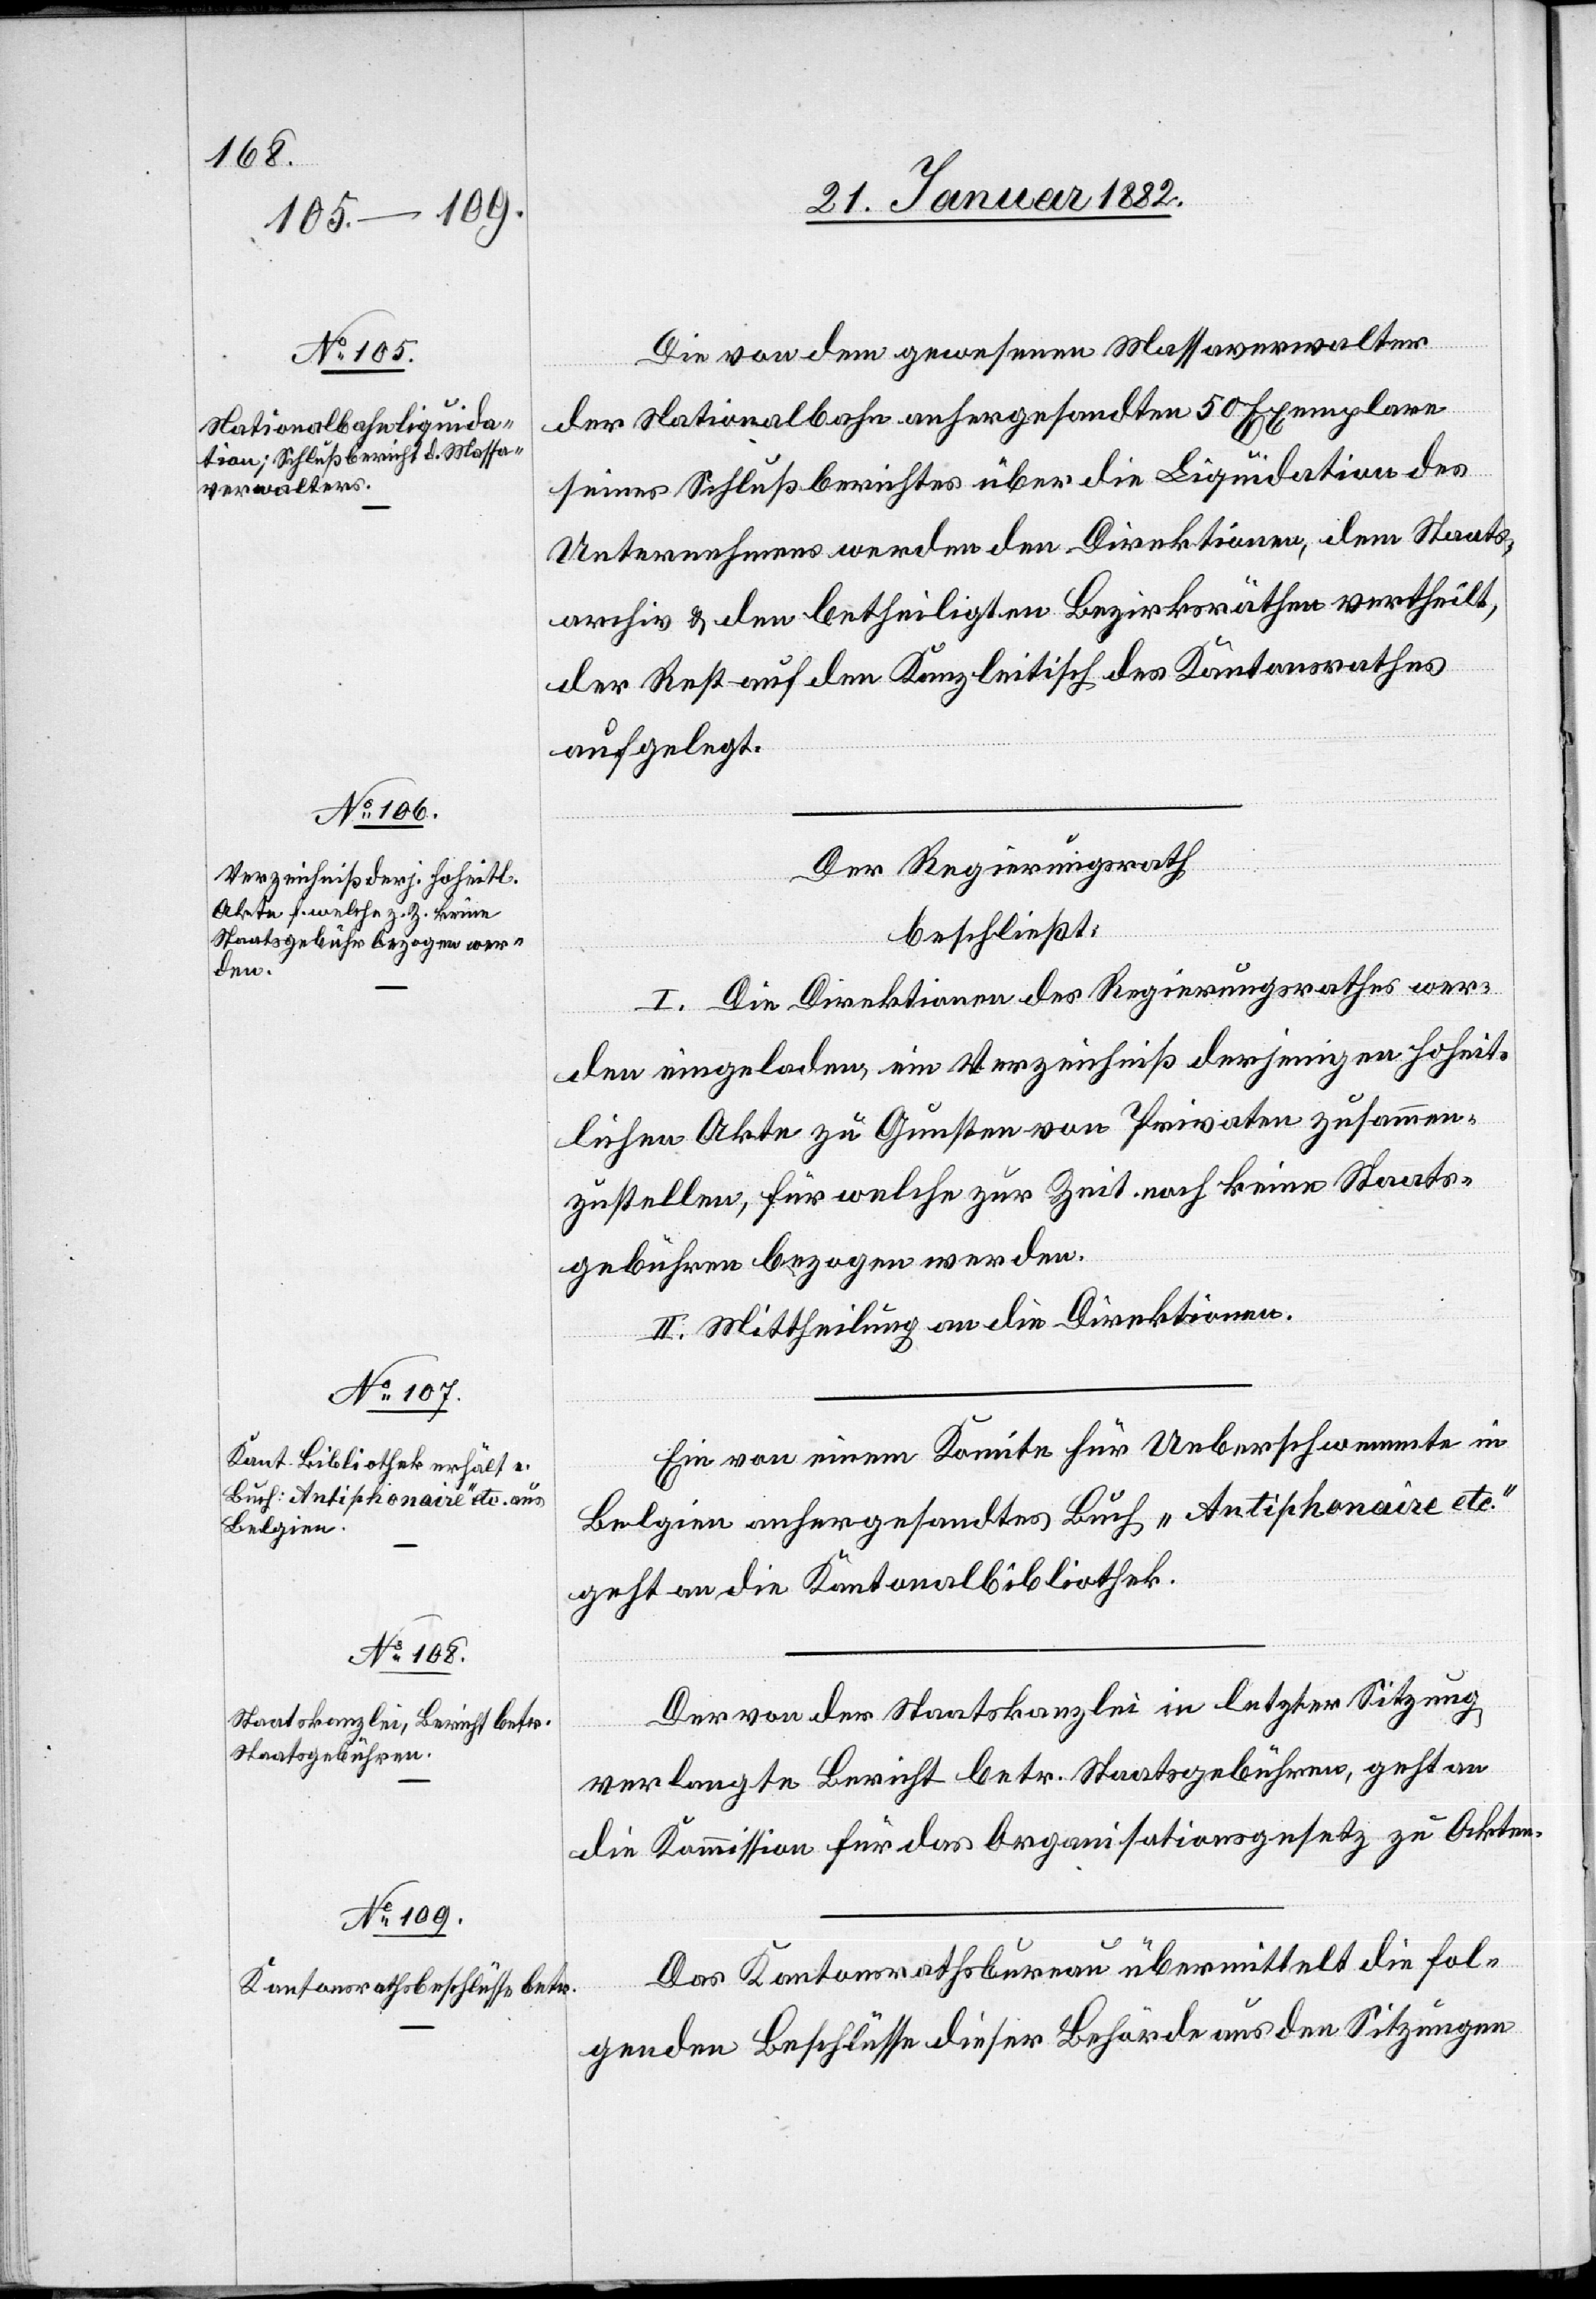
Die von dem gewesenen Massaverwalter
der Nationalbahn anhergesandten 50 Exemplare
seines Schlußberichtes über die Liquidation des
Unternehmens werden den Direktionen, dem Staats¬
archiv & den betheiligten Bezirksräthen vertheilt,
der Rest auf den Kanzleitisch des Kantonsrathes
aufgelegt.
Der Regierungsrath,
beschließt:
I. Die Direktionen des Regierungsrathes wer¬
den eingeladen, ein Verzeichniß derjenigen hoheit¬
lichen Akten zu Gunsten von Privaten zusammen¬
zustellen, für welche zur Zeit noch keine Staats¬
gebühr bezogen werden.
II. Mittheilung an die Direktionen.
Ein von einem Komite für Ueberschwemmte in
Belgien anhergesandtes Buch „Antiphonaire etc“
geht an die Kantonsbibliothek.
Der von der Staatskanzlei in letzter Sitzung
verlangte Bericht betr. Staatsgebühren, geht an
die Kommission für das Organisationsgesetz zu Akten.
Das Kantonsrathsbureau übermittelt die fol¬
genden Beschlüsse dieser Behörde aus den Sitzungen